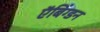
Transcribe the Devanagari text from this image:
ऍबिंग्डन